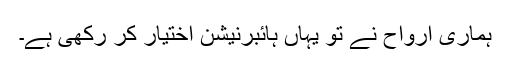
ہماری ارواح نے تو یہاں ہائبرنیشن اختیار کر رکھی ہے۔